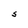
Character: S